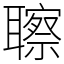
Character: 聺